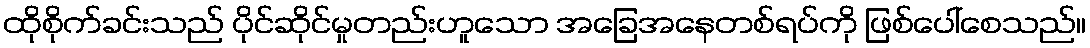
ထိုစိုက်ခင်းသည် ပိုင်ဆိုင်မှုတည်းဟူသော အခြေအနေတစ်ရပ်ကို ဖြစ်ပေါ်စေသည်။